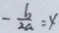
- \frac { b } { 2 a } = x